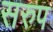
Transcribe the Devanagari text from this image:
सरुप